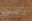
دمي